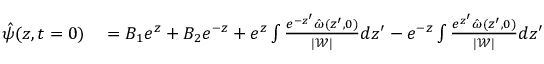
\begin{array} { r l } { \hat { \psi } ( z , t = 0 ) } & { { } = B _ { 1 } e ^ { z } + B _ { 2 } e ^ { - z } + e ^ { z } \int \frac { e ^ { - z ^ { \prime } } \hat { \omega } ( z ^ { \prime } , 0 ) } { | \mathscr { W } | } d z ^ { \prime } - e ^ { - z } \int \frac { e ^ { z ^ { \prime } } \hat { \omega } ( z ^ { \prime } , 0 ) } { | \mathscr { W } | } d z ^ { \prime } } \end{array}